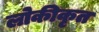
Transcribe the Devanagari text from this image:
लोकीकृत